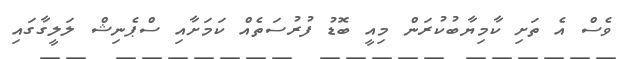
ވެސް އެ ތަށި ކާމިޔާބުކުރަން މިއީ ބޮޑު ފުރުސަތެއް ކަމަށާއި ސްޕެނިޝް ލަލީގާގައި